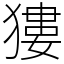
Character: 㺏